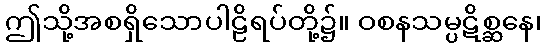
ဤသို့အစရှိသောပါဠိရပ်တို့၌။ ဝစနသမ္ပဋိစ္ဆနေ၊